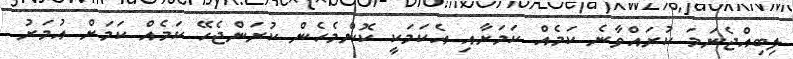
ލިބިއްޖެނަމަ ކުރައްވާނެ ކަމެއް ކަމަށާއި އެކަމަކީ ކޮންމެހެން ކުރަންޖެހޭ ކަމެއް ކަމަށް އުމަރު